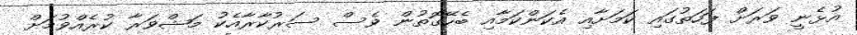
އުޅެނީ ވަރަށް ފަހަތުގައި ކަމަށާއި އެކަންކަމާއި ބެހޭގޮތުން ވެސް ސަރުކާރާއެކު މަޝްވަރާ ކުރެއްވުމަށް